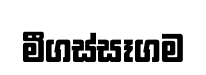
මීගස්සෑගම